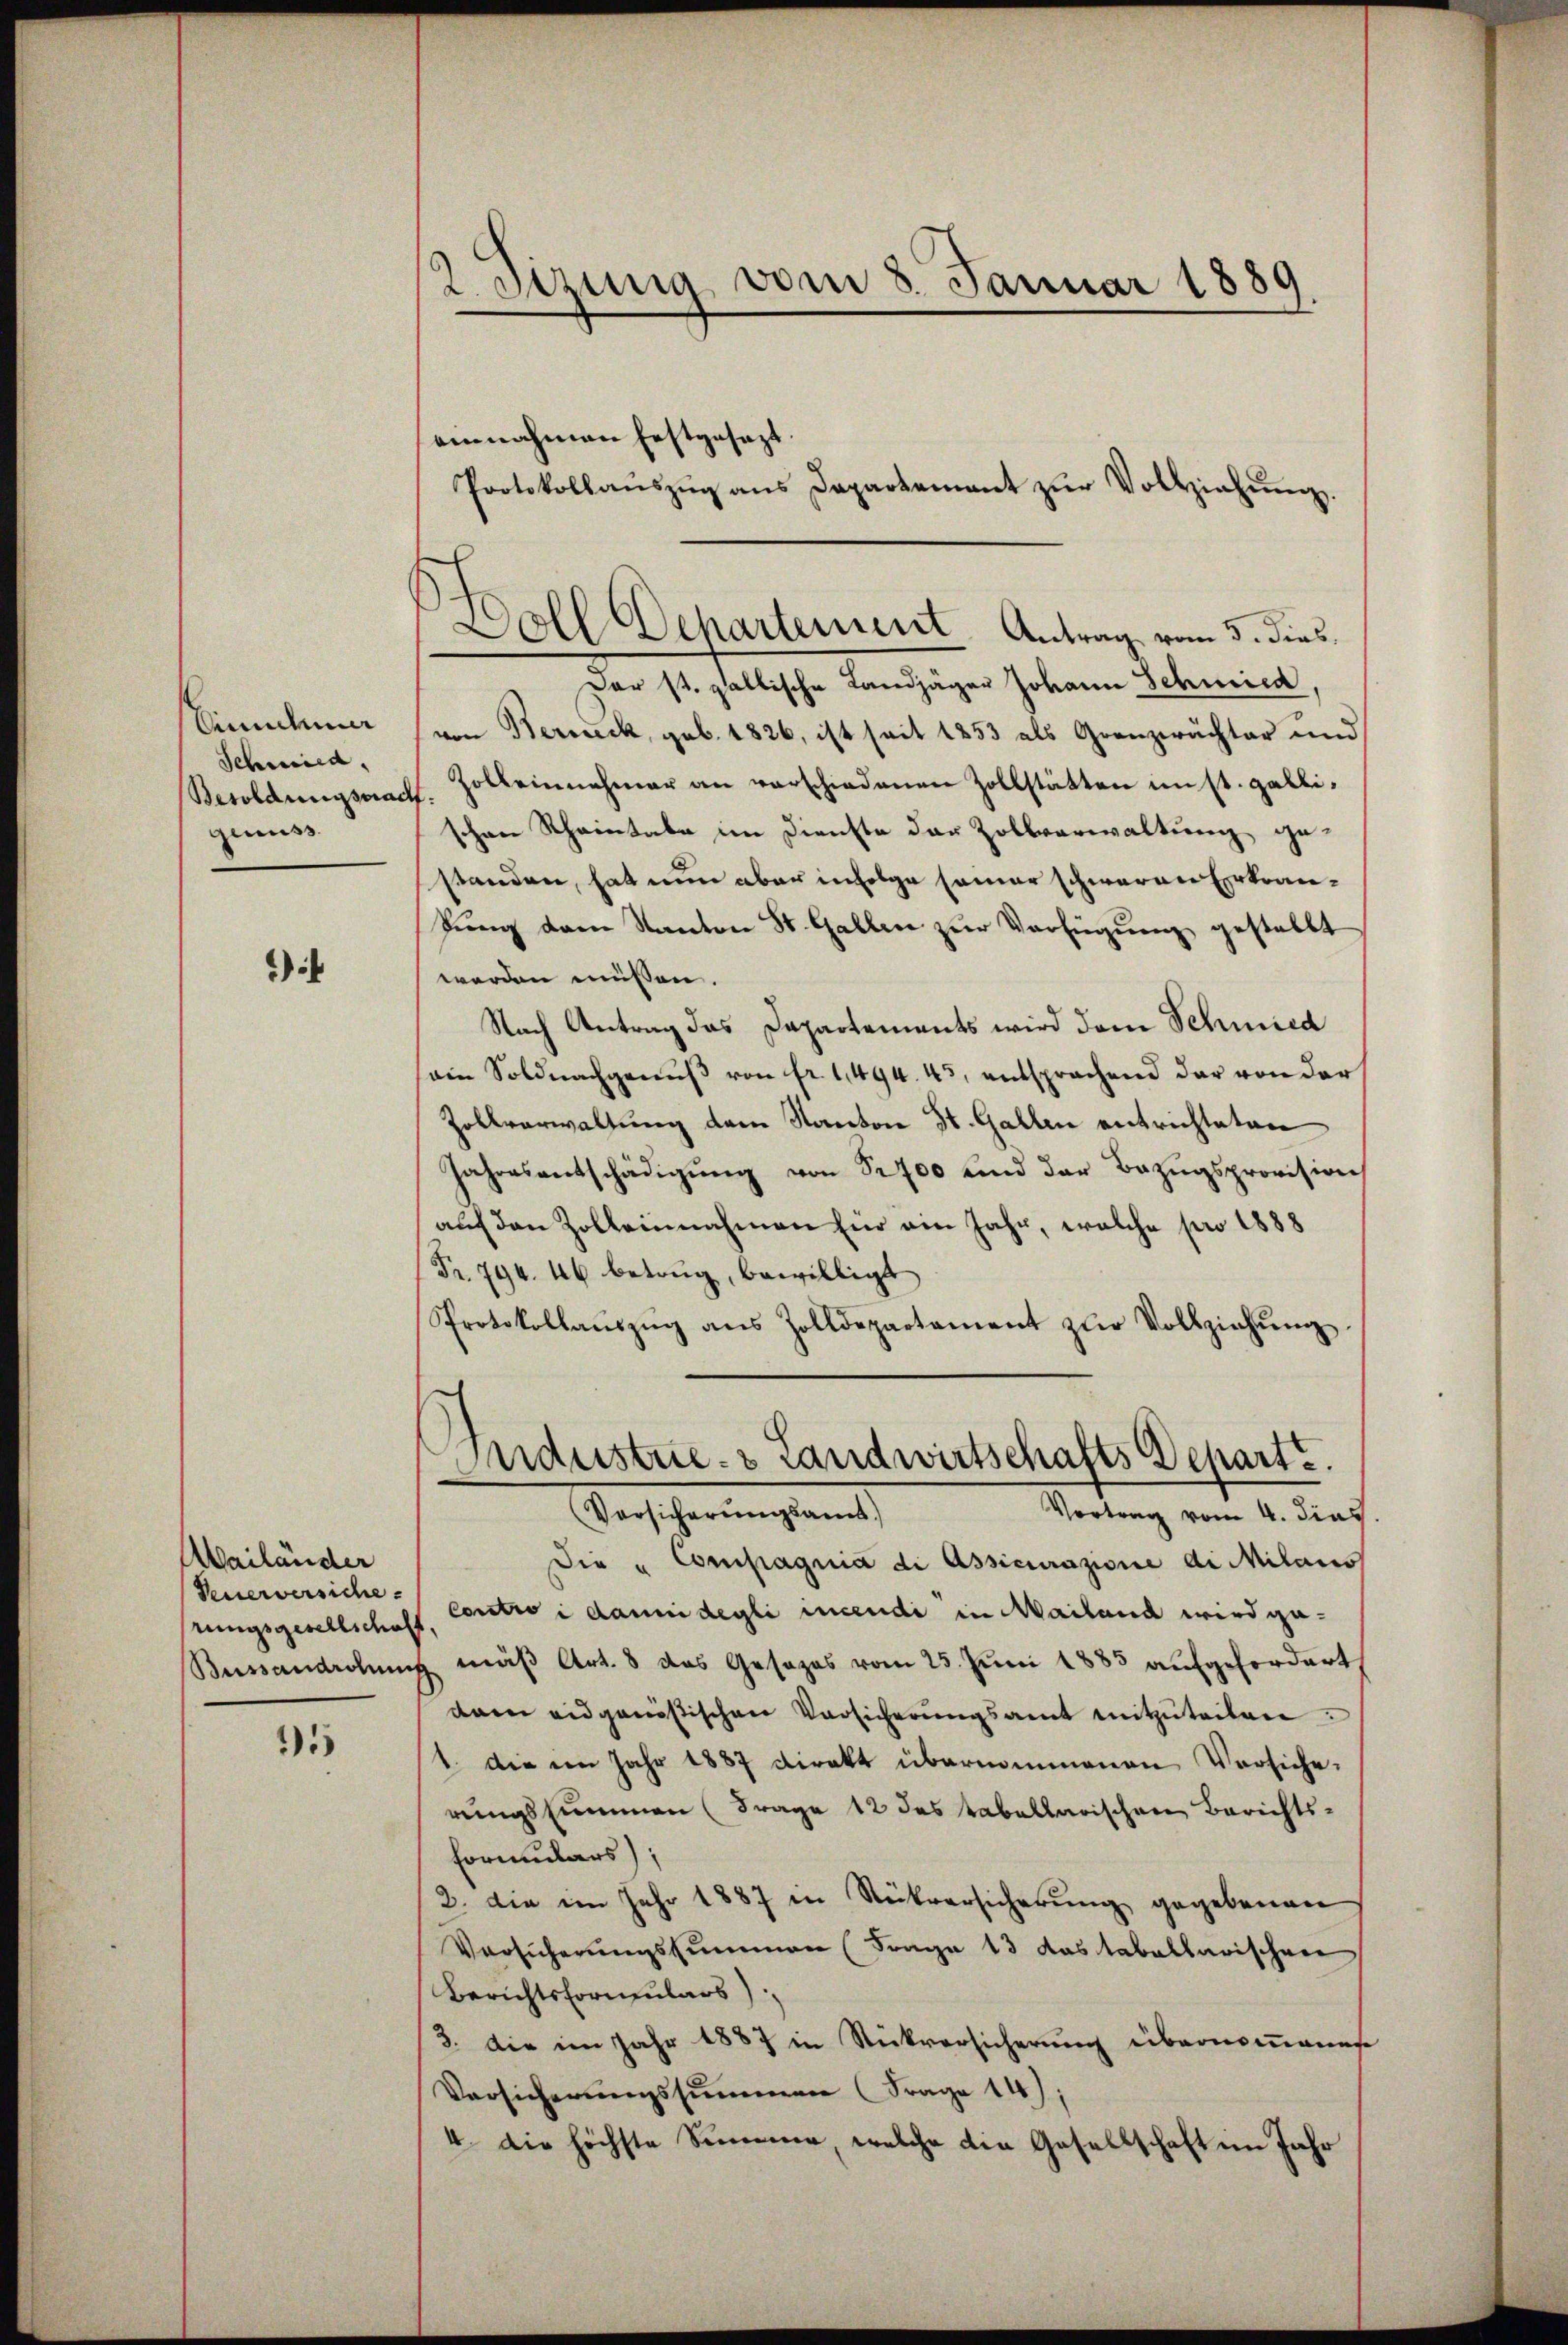
Sicher
Schmied,
Besoldungsprach
genuss.

)

Mailänder
Feuerversiche
rungsgesellschaf
Buissandrohes

15

einnahmen festgesezt.
Protokollanszŭg ans Departement zŭr Vollziehŭng.

2etzung vom 8. Januar 1889

Der st. gallische Landjäger Johann Schneed.
von Berneck, geb. 1826, ist seit 1853 als Grenzerächter und
Zolbeinnehmer an verschiedenen Zollstätten imst. galli¬
.
schen Rheintabe im Dienste der Zollverwaltung gestanden, hat nun aber infolge seiner schweren Erkran¬
Jung dann Kanton St. Gallen zur Verfügung gestellt
worden müssen.
Nach Antrag das Dapartements wird dem Schmied
ain Soldnachgenŭβ von fr. 1,494. 43, entsprachend der von der
Zollverwaltung dem Kanton St. Gallen entrichteten
Jahresentschädigŭng von Sr 700 und der Bezugsprovision
aŭf den Zolleinnahmen für ein Jahr, welche pro 1888
Fr. 794. 46 betrug, bewilligt
Protokollaŭszŭg ans Zolldepartament zŭr Vollziehŭng
d
Industrie- & Landwirtschafts Departe.
Versicherungsamt
Vortrag vom 4. dies
Die u Compagnia di Assicurazione di Milaiss
contro i danni degli incendi in Mailand wird ge¬
 mäβ Art. 8 das Gesezes vom 25. Juni 1883 aufgefordert,
dam eidgenößischen Vorsicherungsamt mitzuteilen.
1. Die ein Jahr 1887 direkt übernommenen Versiche-
rungssummen (Frage 12 des tabellarischen Berichts-
Formulars);
2. die im Jahr 1887 in Rückversicherung gegebenen
Versicherŭngssummen (Frage 13 das tabellarischen
Berichtsformulars)
3. Die im Jahr 1887 in Stückversicherŭng übernommense
Versicherŭngssummen (Frage 14):
4. Die höchste Simmer, welche die Gesellschaft im Jahr

Doll Dehartement. Antrag vom 3. dies